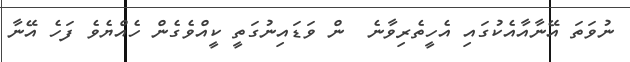
ނުވަތަ އޭނާއާއެކުގައި އެހީތެރިވާނެ  ން ވަޑައިނުގަތީ ކީއްވެގެން ހެއްޔެވެ ފަހެ އޭނާ